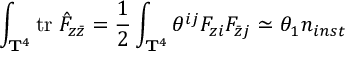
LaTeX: \int _ { { \bf T } ^ { 4 } } \mathrm { t r } \; \hat { F } _ { z \bar { z } } = { \frac { 1 } { 2 } } \int _ { { \bf T } ^ { 4 } } \theta ^ { i j } F _ { z i } F _ { \bar { z } j } \simeq \theta _ { 1 } n _ { i n s t }